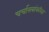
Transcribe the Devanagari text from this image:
चर्चासत्रांकरिता